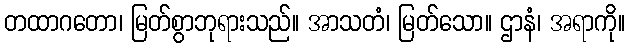
တထာဂတော၊ မြတ်စွာဘုရားသည်။ အာသတံ၊ မြတ်သော။ ဌာနံ၊ အရာကို။